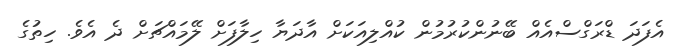
އެފަދަ ޑްރަގްސްއެއް ބޭނުންކުރުމުން ކުއްލިއަކަށް އާދަޔާ ހިލާފަށް ލޭމައްޗަށް ދެ އެވެ. ހިތުގެ